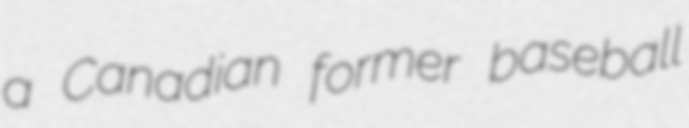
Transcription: a Canadian former baseball